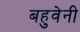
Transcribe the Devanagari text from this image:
बहुवेनी